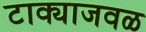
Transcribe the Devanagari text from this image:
टाक्याजवळ